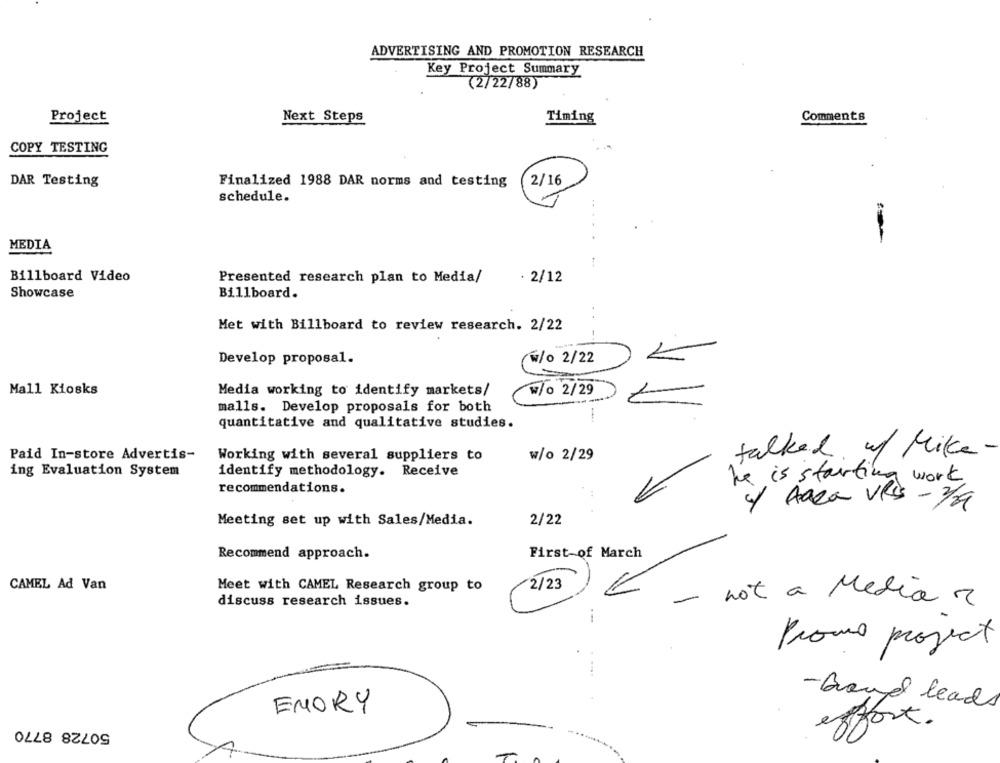
ADVERTISING AND PROMOTION RESEARCH
Key Project Summary
(2/22/88)
Project
Next Steps
Timing
Comments
COPY TESTING
DAR Testing
Finalized 1988 DAR norms and testing
2/16
schedule.
MEDIA
Billboard Video
Presented research plan to Media/
. 2/12
Showcase
Billboard.
Met with Billboard to review research. 2/22
Develop proposal.
w/o 2/22
Mall Kiosks
Media working to identify markets/
w/o 2/29
malls. Develop proposals for both
quantitative and qualitative studies.
Paid In-store Advertis-
Working with several suppliers to
w/o 2/29
talked of Mike.
ing Evaluation System
identify methodology. Receive
he is starting
work
recommendations.
/ Aara VVS - 1/4
Meeting set up with Sales/Media.
2/22
Recommend approach.
First of March
CAMEL Ad Van
Meet with CAMEL Research group to
2/23
1
discuss research issues.
-
not a Media ?
Promo project
- buend leads
EMORY
50728 8770
effort.